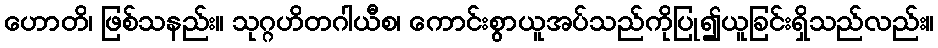
ဟောတိ၊ ဖြစ်သနည်း။ သုဂ္ဂဟိတဂါယီစ၊ ကောင်းစွာယူအပ်သည်ကိုပြု၍ယူခြင်းရှိသည်လည်း။